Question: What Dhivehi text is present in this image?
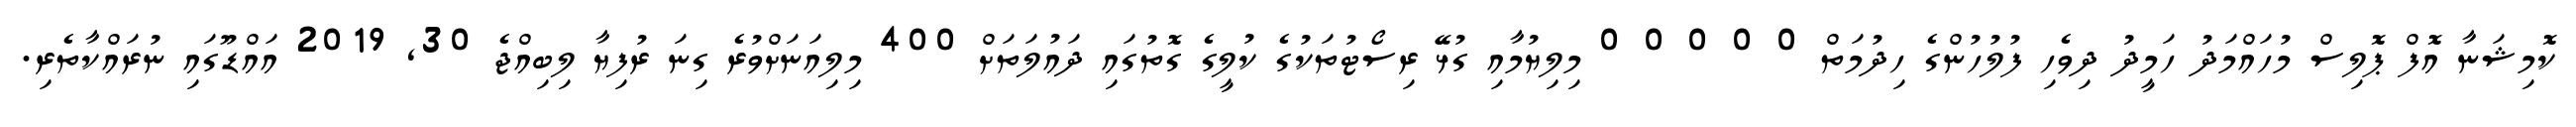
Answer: ކޮމިޝަނާ އޮފް ޕޮލިސް މުހައްމަދު ހަމީދު ދިވެހި ފުލުހުންގެ ހިދުމަތް 0 0 0 0 0 މިލިޔުމާއި ގުޅޭ ރިސޯޓުތަކުގެ ކުލީގެ ގޮތުގައި ދައުލަތަށް 400 މިލިއަނަށްވުރެ ގިނަ ރުފިޔާ ލިބިއްޖެ 30, 2019 އައްޑޫގައި ނުރައްކާތެރި.